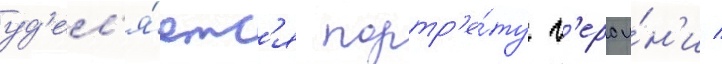
уд'ел'я́етс'я портр'е́ту г'ерои́н'и /